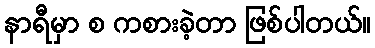
နာရီမှာ စ ကစားခဲ့တာ ဖြစ်ပါတယ်။